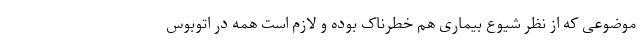
موضوعی که از نظر شیوع بیماری هم خطرناک بوده و لازم است همه در اتوبوس